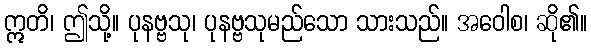
ဣတိ၊ ဤသို့။ ပုနဗ္ဗသု၊ ပုနဗ္ဗသုမည်သော သားသည်။ အဝေါစ၊ ဆို၏။